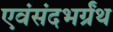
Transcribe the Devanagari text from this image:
एवंसंदभर्ग्रंथ